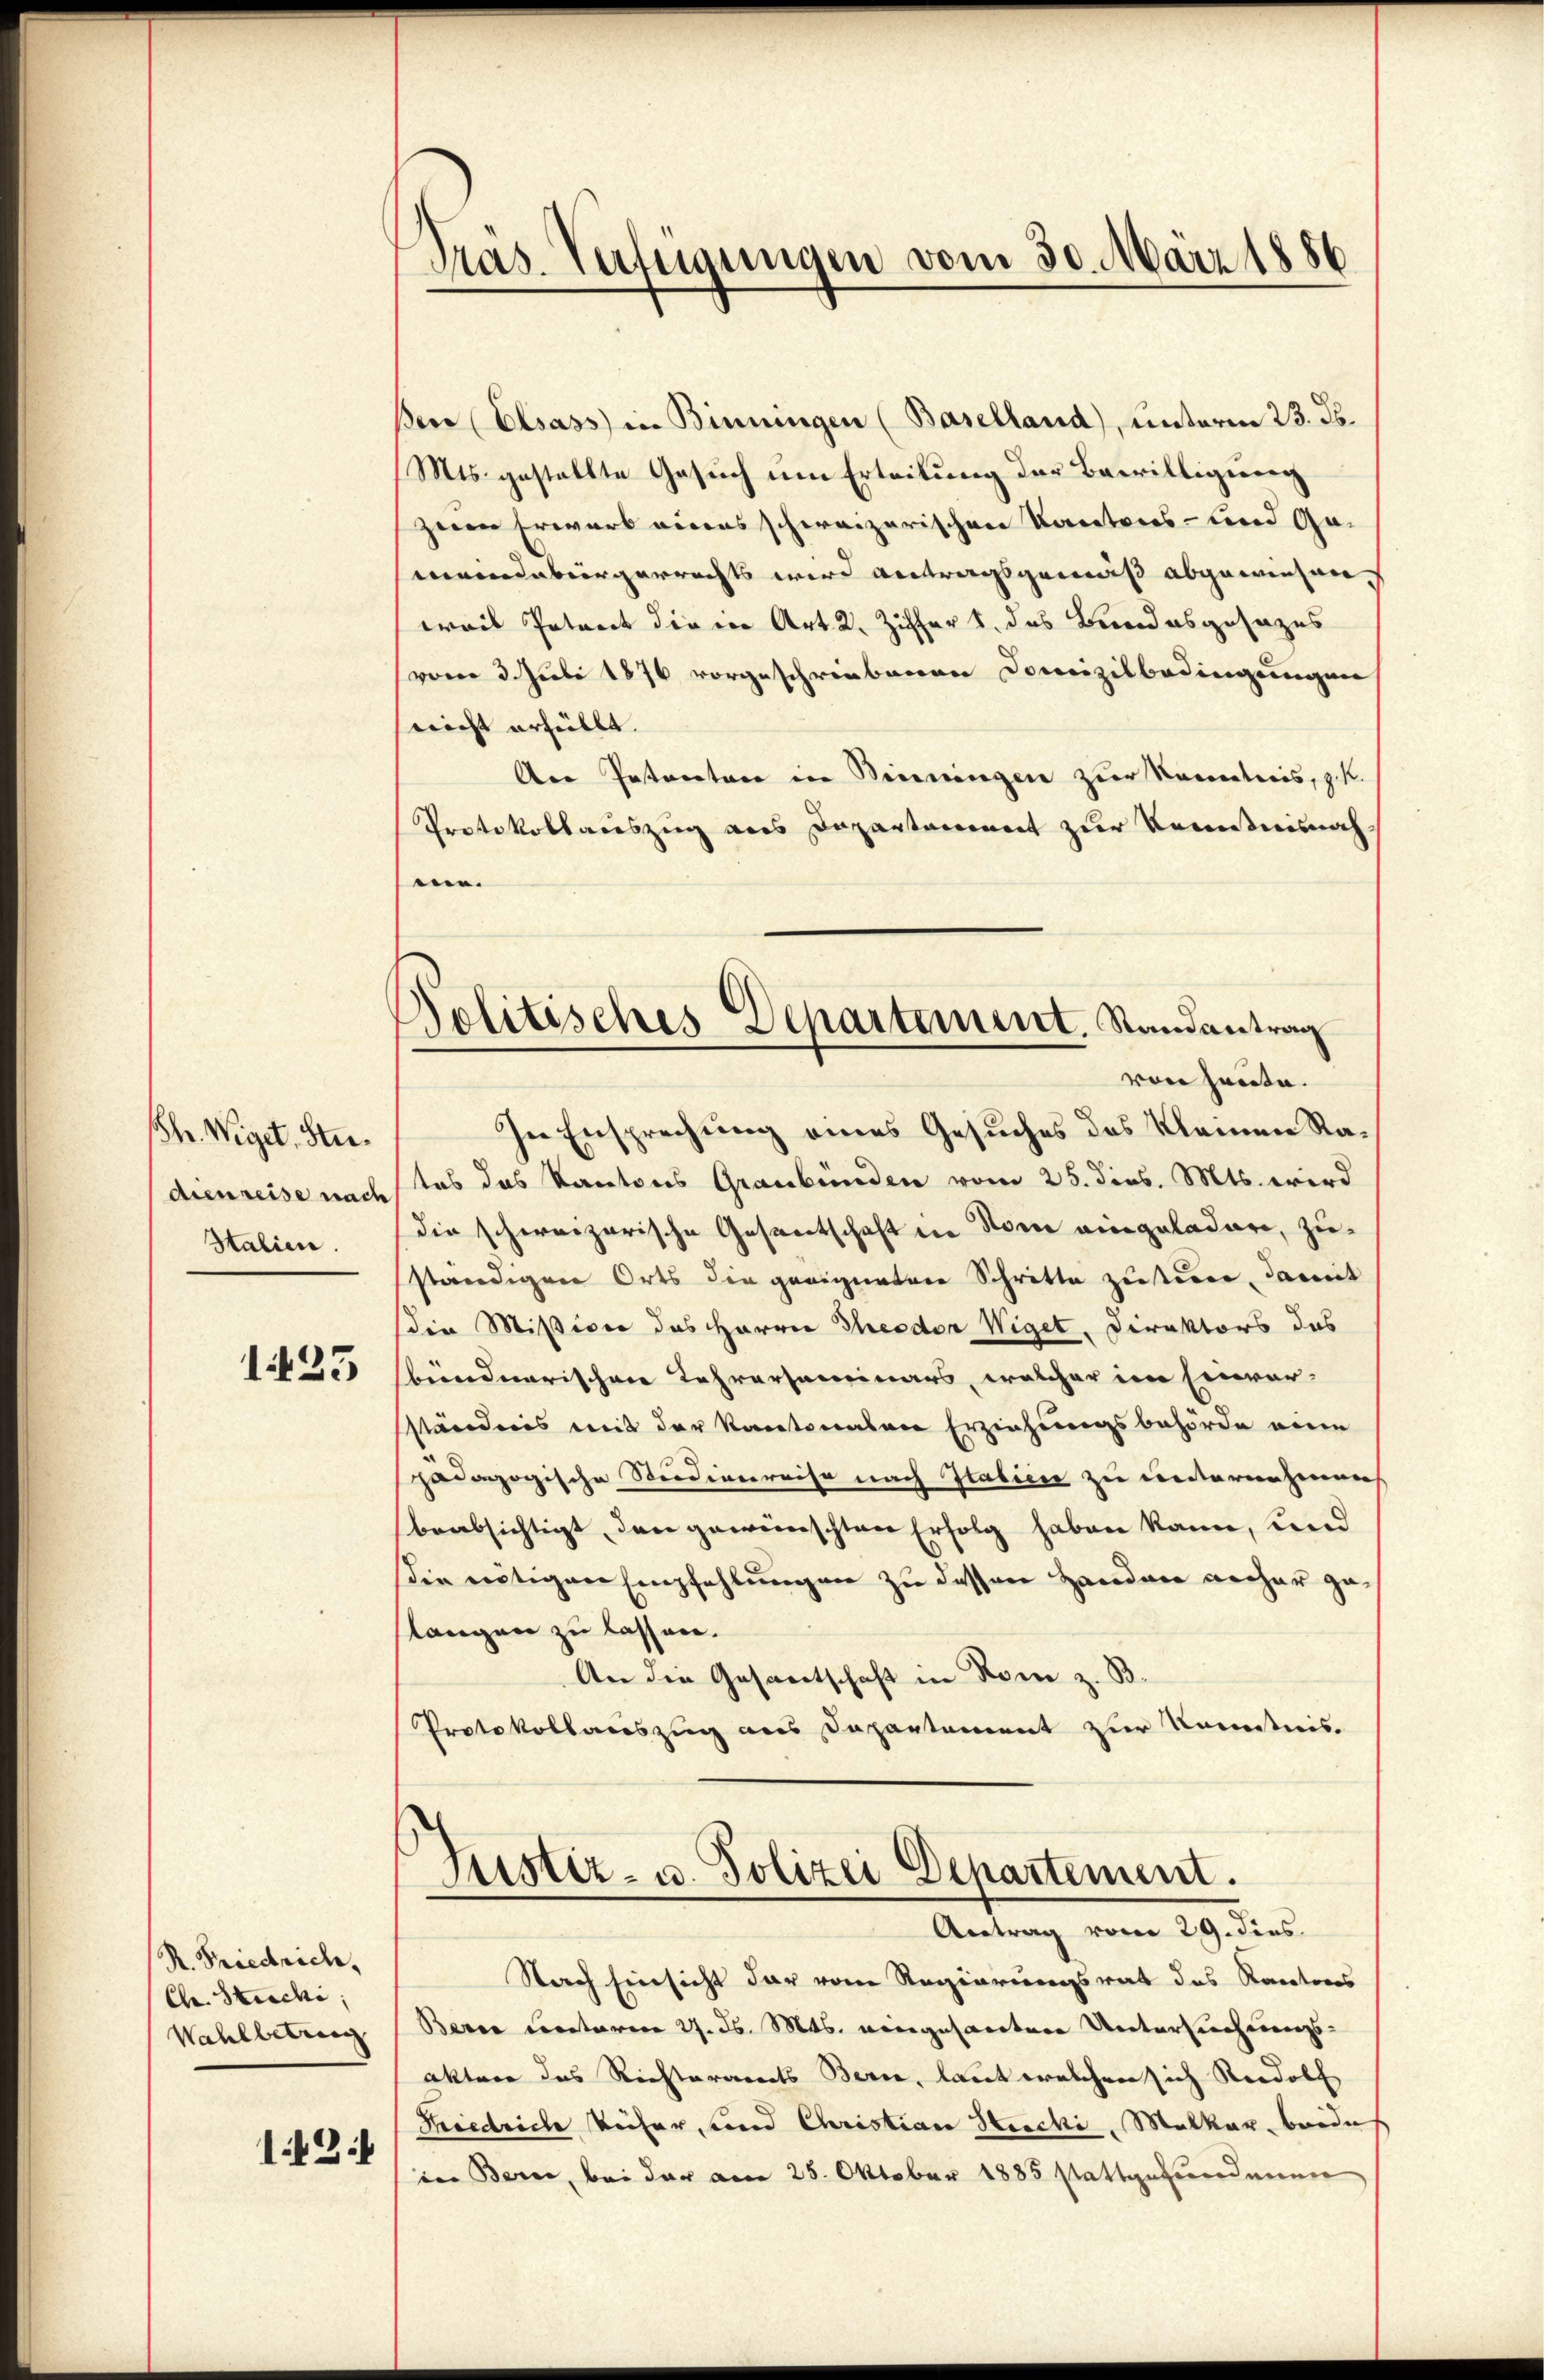
h. Wiget. Studienreise nach
Italien.

123

R. Friedrich,
Ch. Stichi,
Wahlbetrag
13

Präs. Verteigungen vom 30. März 1886

Politisches Departement, Randantrag
vone heute.

ßere Elsass in Binningen (Baselland), unterm 23. Js.
(Mts. gestellte Gesuch um Erteilung der Bewilligung
zum Erwart eines schweizerischen Kantons- und Gemeindebürgerrechts wird antragsgemäß abgewiesen
weil Petent die in Art. 2. Ziffer 1. das Bundesgesezes
vom 3. Juli 1876 vorgeschriebenen Domizilbedingungen
nicht erfüllt. |
Aer Petentare in Benningen zur Kenntnis, z. K.
Protokollauszug aus Departement zur Kenntnisnah
.
In Ensprechung eines Gesuches des Kleinen Rates das Kantons Graubünden vom 25. dies. Mts. wird
die schweizerische Gesentschaft in Sonne eingeladere, zuständigen Orts die geeignetere Schritte zusterer, damit
die Mißion des Herrn Theodor Wiget, Direktors das
bündnerischen Lehrerseminars, welcher im Einver-
sständnis mit der Kantonalen Erziehungsbehörde eine
pädagogische Steidigerreise nach Italien zu unternehmen
beabsichtigt, den gewünschten Erfolg haben kann, und
die nötigen Empfehlungen zu dessen Handen recher gelangen zu lassen.
An die Gesantschaft in Rom z. S
Protokollauszug aus Departement zur Kenntnis.
Justiz- u. Polizei Departement.
Antrag vom 29. Fins
Nach Einsicht der vom Regierungsrat des Kantons
Berne cretaren 27. d. Mts. vorgesactere Untersuchungs-
akture das Rechteramts Bern, laut welchen sich Rudolf
Kiedriche Reiser, und Christian Haecki, Melkar, beide
in Bern, bei der am 25. Oktober 1885 stattgefundenen